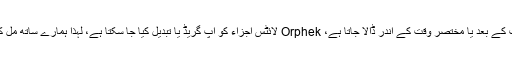
جبکہ زیادہ تر لائٹس کو ان کی وارنٹی کی مدت کے بعد یا مختصر وقت کے اندر ڈالا جاتا ہے، Orphek لائٹس اجزاء کو اپ گریڈ یا تبدیل کیا جا سکتا ہے، لہذا ہمارے ساتھ مل کر آپ کو کم کرنے میں مدد ملے گی WEEE!